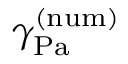
\gamma _ { \mathrm { { P a } } } ^ { ( \mathrm { { n u m } ) } }